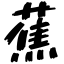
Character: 蕉